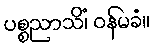
ပစ္စညာသိံ၊ ဝန်မခံ။